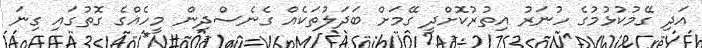
އަދި ގޭމުކުޅުމުގެ ހުނަރު އިތުރުކޮށްދީ ގޭމަށް ބަދަލުތަކެއް ގެނެސްދިން މީހެއްގެ ގޮތުގައި ގިނަ